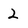
Character: 2